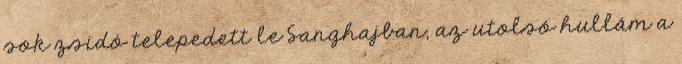
sok zsidó telepedett le Sanghajban, az utolsó hullám a